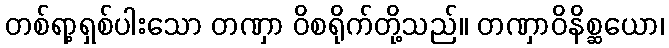
တစ်ရာ့ရှစ်ပါးသော တဏှာ ဝိစရိုက်တို့သည်။ တဏှာဝိနိစ္ဆယော၊